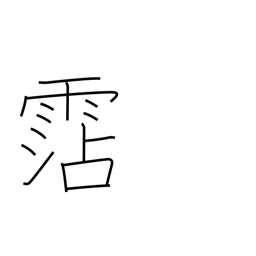
Meaning: water